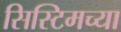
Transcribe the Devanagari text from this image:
सिस्टिमच्या